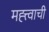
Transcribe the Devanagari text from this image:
मह्त्त्वाची